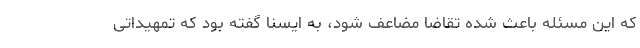
که این مسئله باعث شده تقاضا مضاعف شود، به ایسنا گفته بود که تمهیداتی